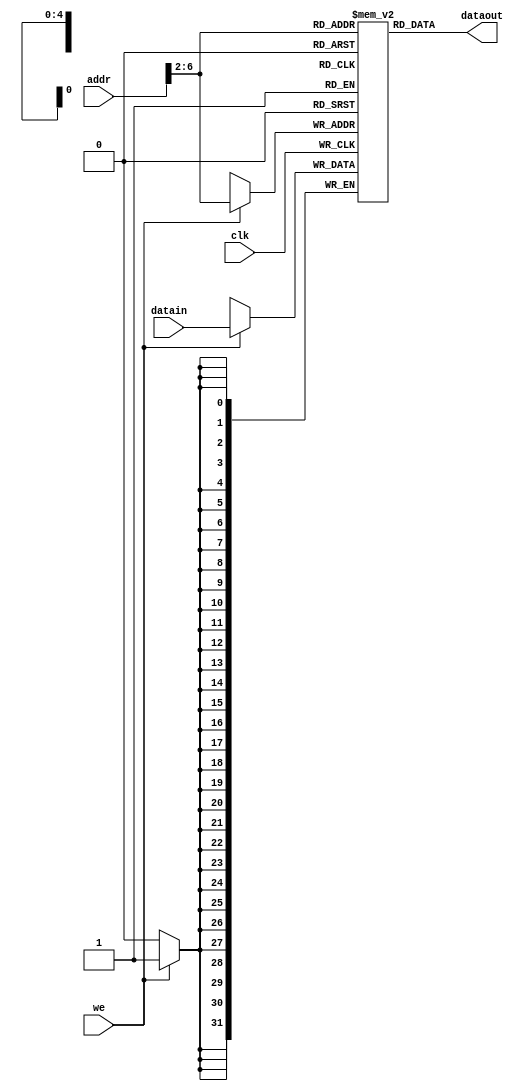
/************************************************
  The Verilog HDL code example is from the book
  Computer Principles and Design in Verilog HDL
  by Yamin Li, published by A JOHN WILEY & SONS
************************************************/
module pl_data_mem (clk,dataout,datain,addr,we); // data memory, ram
    input         clk;                     // clock
    input  [31:0] addr;                    // ram address
    input  [31:0] datain;                  // data in (to memory)
    input         we;                      // write enable
    output [31:0] dataout;                 // data out (from memory)
    reg    [31:0] ram [0:31];              // ram cells: 32 words * 32 bits
    assign dataout = ram[addr[6:2]];       // use 5-bit word address
    always @ (posedge clk) begin
        if (we) ram[addr[6:2]] = datain;   // write ram
    end
    integer i;
    initial begin                          // ram initialization
        for (i = 0; i < 32; i = i + 1)
            ram[i] = 0;
        // ram[word_addr] = data           // (byte_addr) item in data array
        ram[5'h14] = 32'h000000a3;         // (50) data[0]   0 +  a3 =  a3
        ram[5'h15] = 32'h00000027;         // (54) data[1]  a3 +  27 =  ca
        ram[5'h16] = 32'h00000079;         // (58) data[2]  ca +  79 = 143
        ram[5'h17] = 32'h00000115;         // (5c) data[3] 143 + 115 = 258
        // ram[5'h18] should be 0x00000258, the sum stored by sw instruction
    end
endmodule